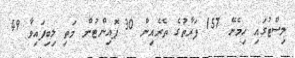
ލިސްޓުގައި ހިމެނޭ 157 ފަރާތުގެ ތެރެއިން 30 ޕޮއިންޓުން މަތި ލިބިފައިވާ 49